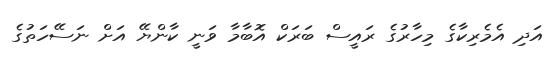
އަދި އެމެރިކާގެ މިހާރުގެ ރައީސް ބަރަކް އޮބާމާ ވަނީ ކާންޔޭ އަށް ނަސޭހަތުގެ